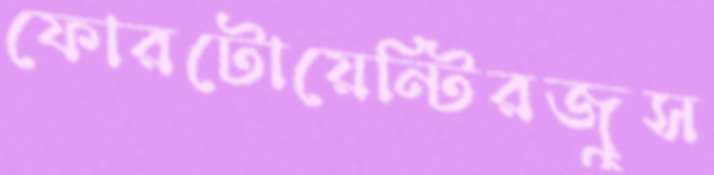
ফোরটোয়েন্টিরজুস